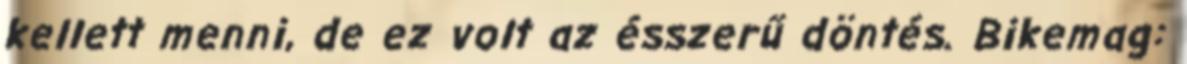
kellett menni, de ez volt az ésszerű döntés. Bikemag: